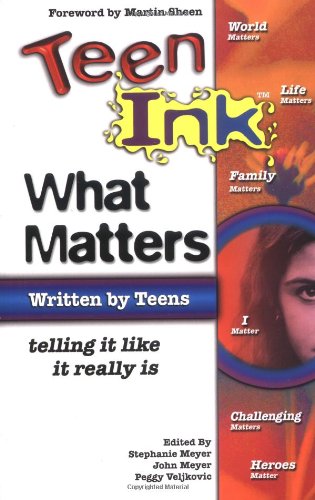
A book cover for Teen Ink What Matters; Stephanie H. Meyer; Teen & Young Adult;